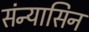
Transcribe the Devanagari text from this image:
संन्यासिन